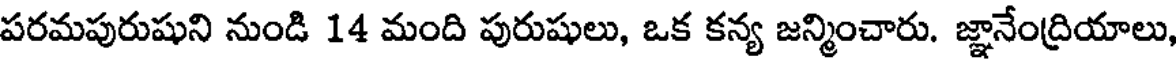
పరమపురుషుని నుండి 14 మంది పురుషులు, ఒక కన్య జన్మించారు. జ్ఞానేంద్రియాలు,